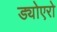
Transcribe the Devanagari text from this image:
ड्योएरो